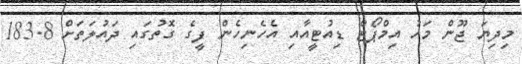
މިދިޔަ ޖޫން މަހު އިމްޕޯޓް ޑިއުޓީއާއި އެހެނިހެން ފީގެ ގޮތުގައި ދައުލަތަށް 183.8